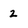
Character: 2